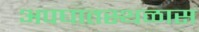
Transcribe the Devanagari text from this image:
अपघातस्थळास